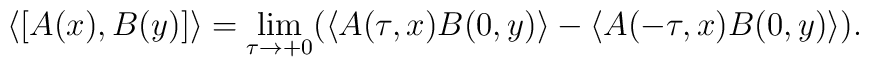
\left\langle \lbrack A(x),B(y)]\right\rangle =\lim_{\tau \rightarrow+0}(\left\langle A(\tau ,x)B(0,y)\right\rangle -\left\langle A(-\tau,x)B(0,y)\right\rangle ).